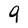
Character: 9